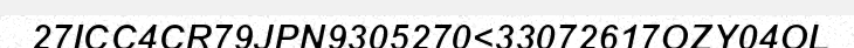
27ICC4CR79JPN9305270<33072617OZY04OL